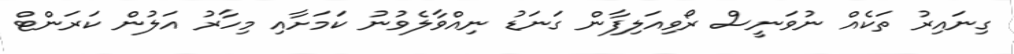
ގިނައިރު ތަކެއް ނުވަނީސް ރޯވިއަލިފާން ގަނަޑު ނިއްވާލެވުުނު ކަމަށާއި މިހާރު އަލުން ކަރަންޓް